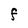
Character: F